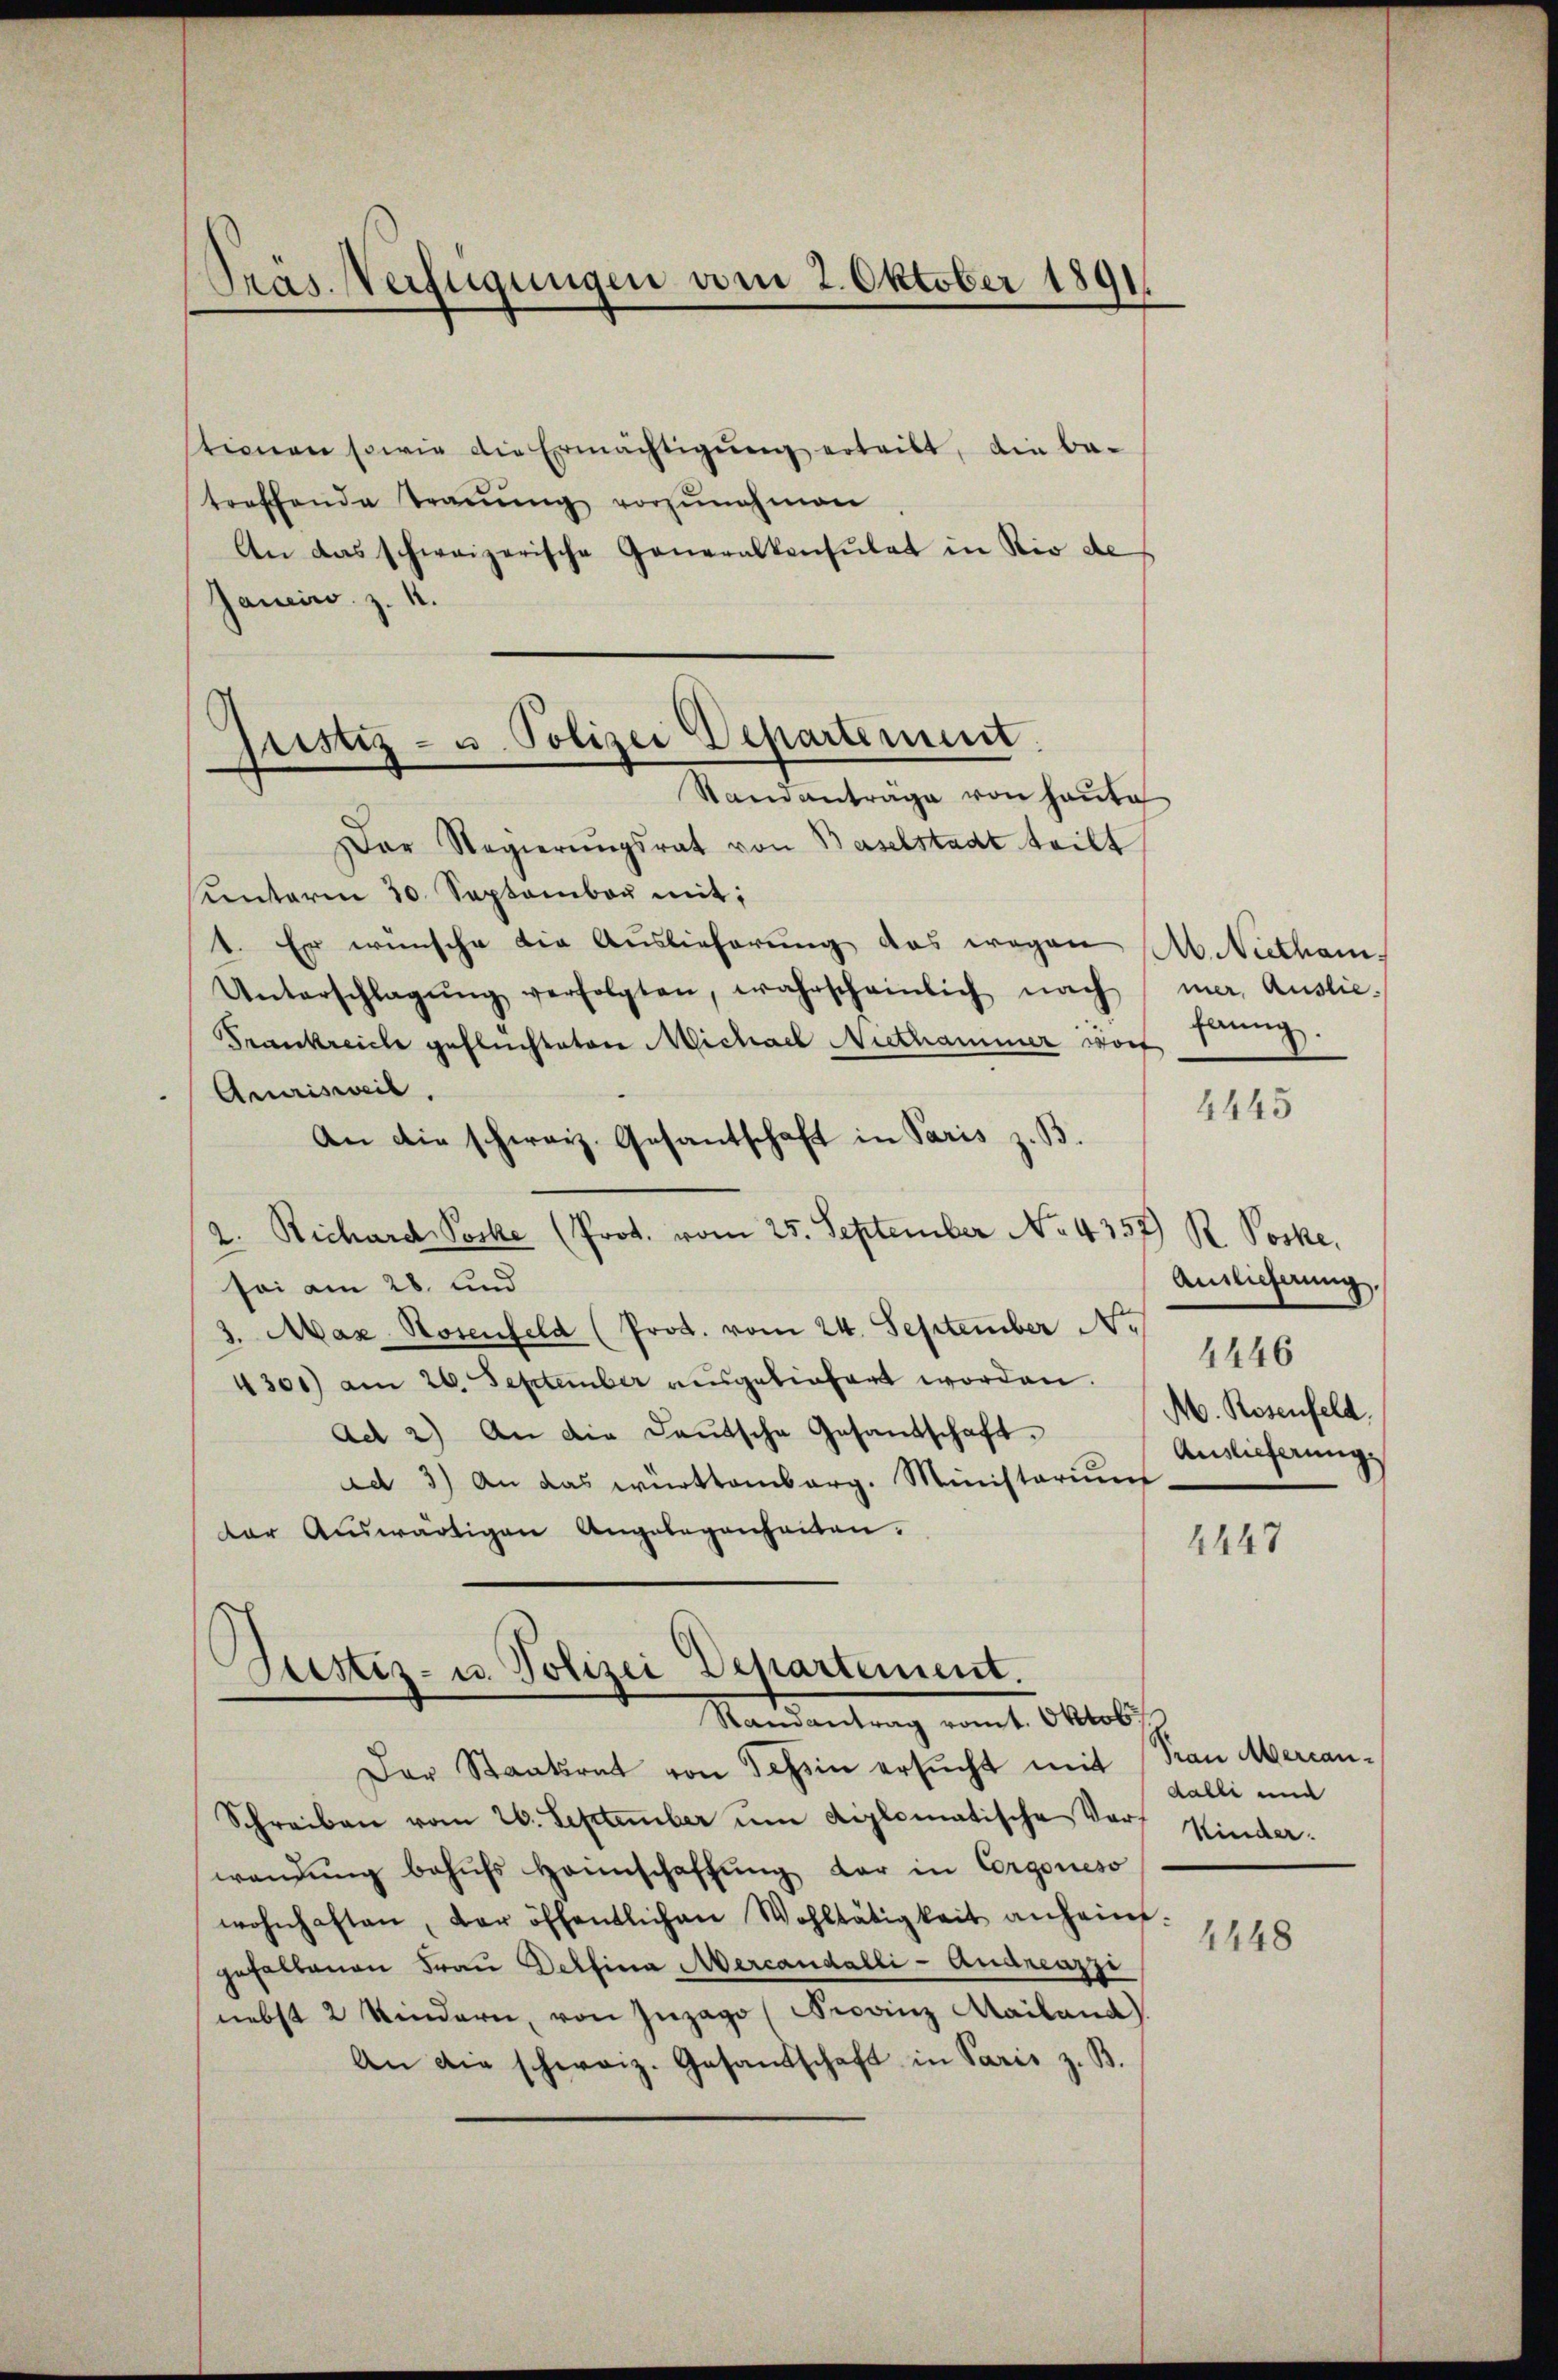
Pras. Verfügungen vom 2. Oktober 1891.

tionen sowie die Ermächtigŭng erteilt, die be-
treffende Traŭŭng vorzŭnehmen
An das schweizerische Generalkonsulat in Rio de
Janciw. z. 12.
Der Regierungsrat von Baselstadt teilt
unterm 30. September mit:
t. Er wünsche die Auslieferung das wegen Ab. Niethan¬
Unterschlagŭng verfolgten, wahrscheinlich nach mer Auslie-
Frankreiche gefluchtatore Michael Niethammer worf
Amrisweil,
An die schweiz. Gesantschaft in Paris z. B.
2. Richard-Voske (Prot. vom 25. September No. 4357) R. Poske,
sei am 28. und
3. Max Hosenfeld (Prot. vom 24. September N.
4301) am 26. September ausgeliefert worden.
Ad 2) An die Deutsche Gesandschaft.
ad 3.) An das württemberg. Ministerium
der Aŭswärtigen Angelegenheiten.

pistiz- u. Polizei Departement
Standantrage von heŭte

Justiz- u. Polizei Departement.
Mandantung mit Oktob

Der Staatsrat von Tessin ersucht mit
Schreiben vom 26. September ŭm diplomatische Vor-
wendŭng behŭfs Heimschaffŭng der in Corgoneso
wohnhaften, der öffentlichen Wohltätigkeit anheim.
gehaltenen Frau Delfina Mercandalli - Andreazzi
nebst 2 Kindern, von Inzago (Provinz Mailand)
An die schweiz. Gesandschaft in Paris z. B.

flung.

4447

4445

Auslieferung.
4446
M. Rosenfeld.
Auslieferung

Frau Mercandalle und
Kinder.

1448